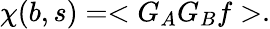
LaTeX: \chi(b,s)=<G_{A}G_{B}f>.